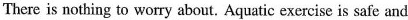
There is nothing to worry about. Aquatic exercise is safe and